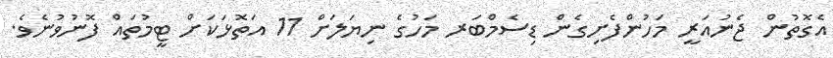
އެގޮތުން ޖެނުއަރީ މަހުންފެށިގެން ޑިސެމްބަރ މަހުގެ ނިޔަލަށް 11 އަތޮޅަކަށް ޓީމުތައް ފޮނުވުނެވެ.